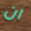
ان